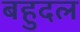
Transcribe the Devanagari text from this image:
बहुदल